Report on lock hospitals in British Burma
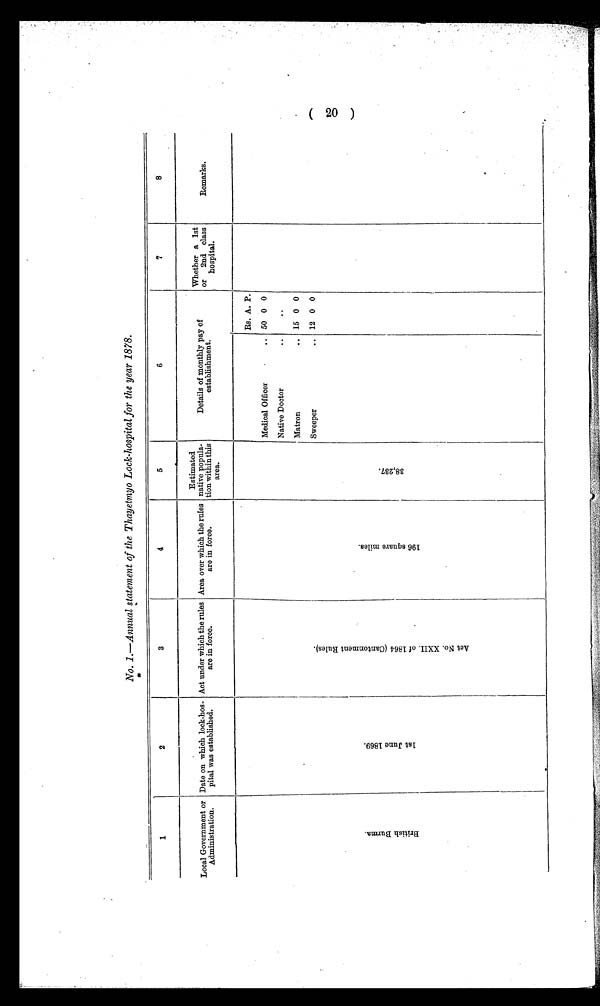
No. 1.—Annual statement of the Thayetmyo Lock-hospital for the year 1878.
1
2
3
4
5
6
7
8
Local Government or
Administration.
Date on which lock-hos-
pital was established.
Act under which the rules
are in force.
Area over which the rules
are in force.
Estimated
native popula-
tion within this
area.
Details of monthly pay of
establishment.
Whether a 1st
or
2nd class
hospital.
Remarks.
B r i t i s h B u r m a .
1 s t J u n e 1 8 6 9 .
A c t N o . X X I I . o f 1 8 6 4 ( C a n t o n m e n t R u l e s ) .
1 9 6 s q u a r e m i l e s .
3 8 , 2 3 7 .
Rs. A. P.
Medical Officer
.. 50 0 0
Native Doctor
..
..
Matron
.. 15 0 0
Sweeper
. . 12 0 0
(20)